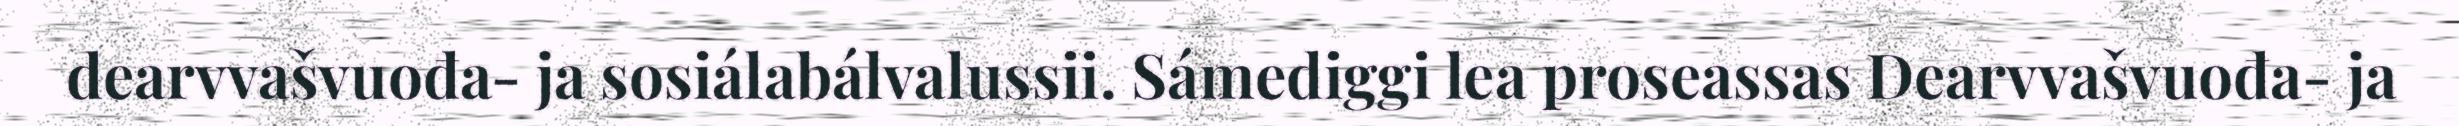
dearvvašvuođa- ja sosiálabálvalussii. Sámediggi lea proseassas Dearvvašvuođa- ja